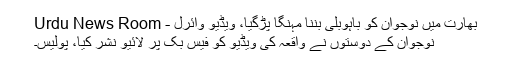
بھارت میں نوجوان کو باہوبلی بننا مہنگا پڑگیا، ویڈیو وائرل - Urdu News Room
نوجوان کے دوستوں نے واقعہ کی ویڈیو کو فیس بک پر لائیو نشر کیا، پولیس۔